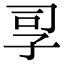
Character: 孠